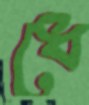
ধে